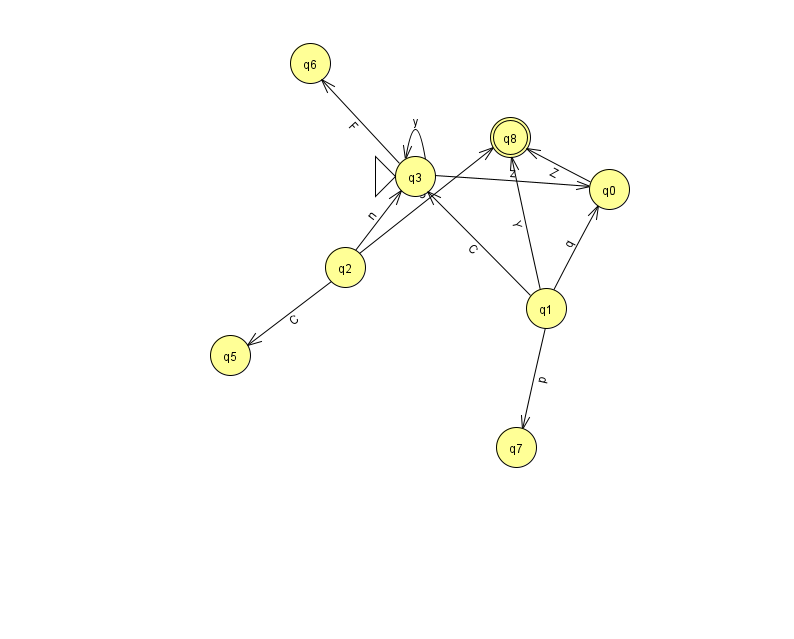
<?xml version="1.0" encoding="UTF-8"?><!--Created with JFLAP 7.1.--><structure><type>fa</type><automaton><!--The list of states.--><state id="0" name="q0"><x>609.0</x><y>176.0</y></state><state id="1" name="q1"><x>546.0</x><y>295.0</y></state><state id="2" name="q2"><x>345.0</x><y>254.0</y></state><state id="3" name="q3"><x>415.0</x><y>163.0</y><initial/></state><state id="5" name="q5"><x>230.0</x><y>342.0</y></state><state id="6" name="q6"><x>310.0</x><y>50.0</y></state><state id="7" name="q7"><x>516.0</x><y>434.0</y></state><state id="8" name="q8"><x>510.0</x><y>124.0</y><final/></state><!--The list of transitions.--><transition><from>2</from><to>5</to><read>C</read></transition><transition><from>3</from><to>6</to><read>F</read></transition><transition><from>2</from><to>3</to><read>n</read></transition><transition><from>1</from><to>7</to><read>p</read></transition><transition><from>3</from><to>0</to><read>z</read></transition><transition><from>1</from><to>3</to><read>C</read></transition><transition><from>0</from><to>8</to><read>Z</read></transition><transition><from>3</from><to>3</to><read>y</read></transition><transition><from>1</from><to>0</to><read>q</read></transition><transition><from>2</from><to>8</to><read>S</read></transition><transition><from>1</from><to>8</to><read>Y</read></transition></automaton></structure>